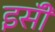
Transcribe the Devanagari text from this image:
इसॅी